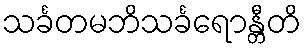
သင်္ခတမဘိသင်္ခရောန္တီတိ